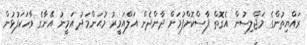
ރައްޔިތުންގެ މަޖްލިސުން އެގޮތް ފާސްކޮށްފުމަށް ދާންދެން އަލްއަމީރު މުޙަންމަދު އަމީނު އޭނާގެ ވާހަކަފުޅުން